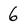
Character: 6